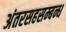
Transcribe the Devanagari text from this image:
अंतरसहसम्बन्ध